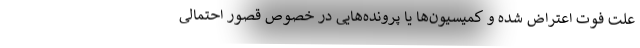
علت فوت اعتراض شده و کمیسیون‌ها یا پرونده‌هایی در خصوص قصور احتمالی